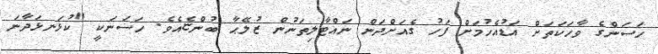
ހަސަންގެ ވާހަކަތަށް އަޑުއެހުމަށް ފަހު ގެއަށްދަން ނައްޓާލިތަނުން ޒުލޭޙާ ބުންޏެއެވެ. ހަސަނަކީ "ކުޅަނޅަދާނަ